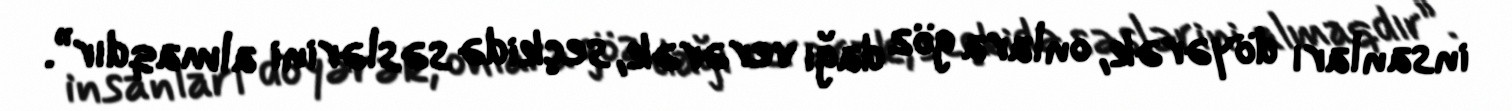
insanları döyərək, onlara göz dağı verərək, seçkidə səslərini almaqdır”.